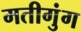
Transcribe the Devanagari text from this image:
मतीगुंग